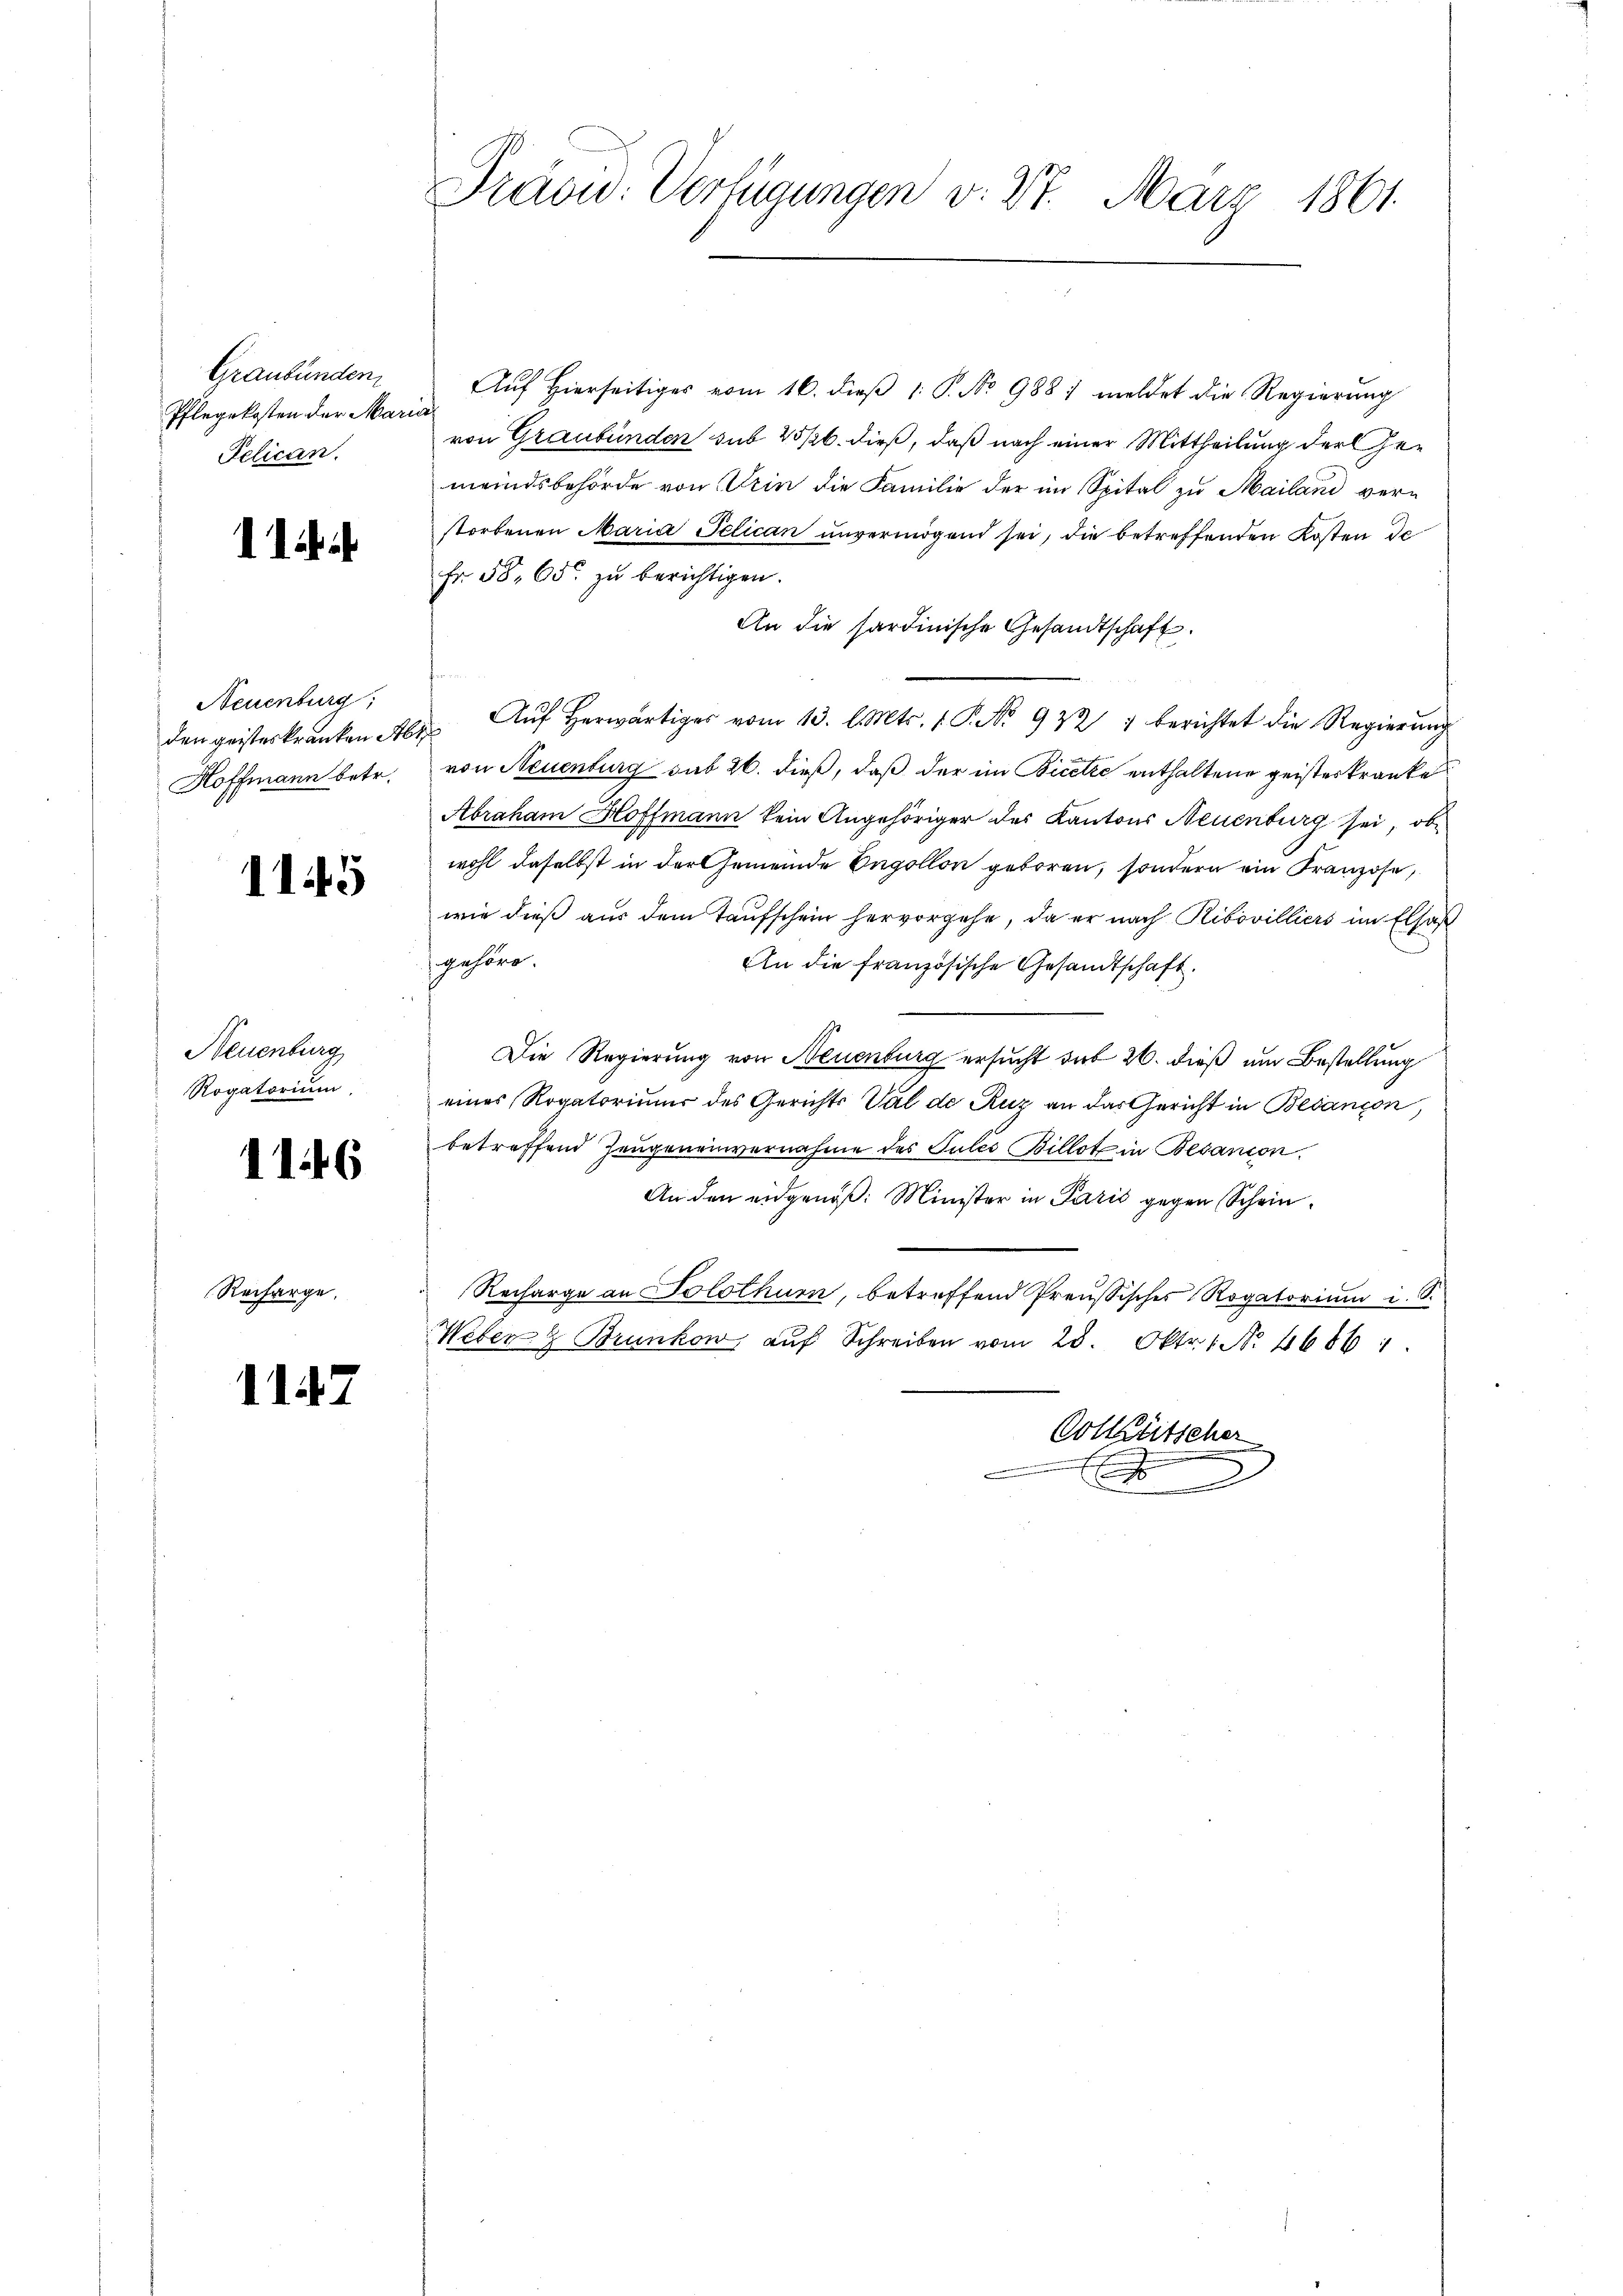
Graubünden
Pflegekosten der Mar
Pelican.

1

Neuenburg,
den geisteskranken Ste
Hoffmann betr.

1145

Neuenburg
Rogatorium

1146

Recharge.

1147

Präsid. Verfügungen v. 27. März 1861.

Aŭf Hierseitiges vom 16. dieβ 1: P. No 988. meldet die Regierung
von Graubünden sub 25/6. dieß, daß nach einer Mittheilung der Gemeindsbehörde von Dein die Familie der im Spital zu Mailand verstorbenen Maria Jelican ŭnvermögend sei, die betreffenden Kosten de
Fr. 58. 65 zu berichtigen.
An die sardinische Gesandtschaft.
2 Aŭf herwärtiger vom 13. l. Mts. 1 P. No 922 berichtet die Regierŭng
von Neuenburg sub 26. dieß, daß der im Bicetze enthaltene geisterkranke
Abraham Hoffmann kein Angehöriger des Kantons Neuenburg sei, ob
wohl daselbst in der Gemeinde Ingollon geboren, sondern ein Franzose,
wie dieß aus dem Taufschein hervorgehe, da er nach Ribovilliers im Elsaß
gehöre.
An die französische Gesandtschaft.
Die Regierung von Neuenburg ersucht das 26. dieß um Bestellung
eines Rogatorium des Gerichts Val de Ruz an das Gericht in Besançon,
betreffend Zeugeneinvernahme des Gutes Billot in Besanion.
An den eidgenöß: Minister in Paris gegen Schein¬
Recharge an Solothurn, betreffend Preußisches Rogatorium i. S.
Weber & Brunkow, aŭf Schreiben vom 28. Okt. 1. N. 4686 1
Volketscher
x